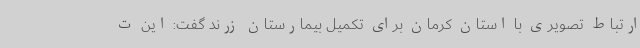
ارتباط تصویری با استان کرمان برای تکمیل بیمارستان زرند گفت: این ت